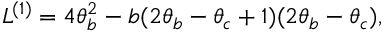
L ^ { ( 1 ) } = 4 \theta _ { b } ^ { 2 } - b ( 2 \theta _ { b } - \theta _ { c } + 1 ) ( 2 \theta _ { b } - \theta _ { c } ) ,